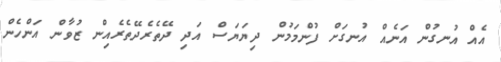
އެއް އުނގުން އަނެއް އުނގަށް ފުންމަމުން ދިޔަޔަސް އަދި ދޭތެރެދޭތެރެއިން ޒުވާން އަންހެން